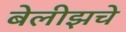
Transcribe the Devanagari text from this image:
बेलीझचे